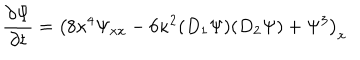
{ \frac { \partial \Psi } { \partial t } } = \left( 8 \kappa ^ { 4 } \Psi _ { x x } - 6 \kappa ^ { 2 } ( D _ { 1 } \Psi ) ( D _ { 2 } \Psi ) + \Psi ^ { 3 } \right) _ { x }